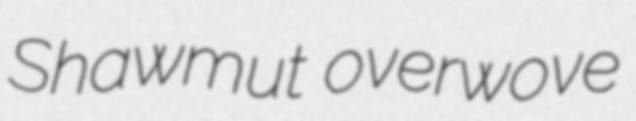
Shawmut overwove